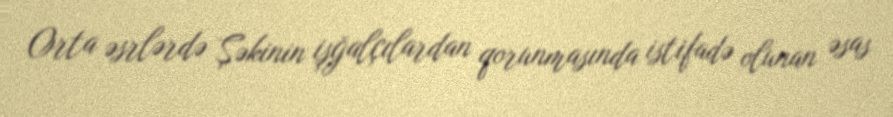
Orta əsrlərdə Şəkinin işğalçılardan qorunmasında istifadə olunan əsas